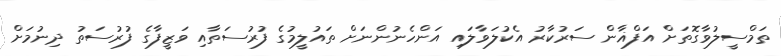
ތަމްސީލުވާގޮތަށް އަފްޣާން ސަރުކާރު އެކުލަވާލައި އަންހެނުންނަށް ތައުލީމުގެ ފުރުސަތާއި ވަޒީފާގެ ފުރުސަތު ދިނުމަށް